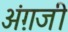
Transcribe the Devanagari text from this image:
अंग़जी